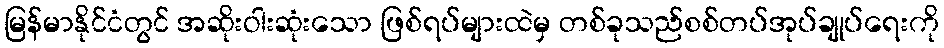
မြန်မာနိုင်ငံတွင် အဆိုးဝါးဆုံးသော ဖြစ်ရပ်များထဲမှ တစ်ခုသည်စစ်တပ်အုပ်ချုပ်ရေးကို